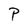
Character: P